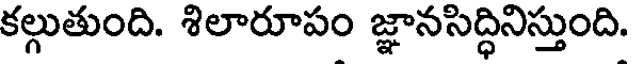
కల్గుతుంది. శిలారూపం జ్ఞానసిద్ధినిస్తుంది.